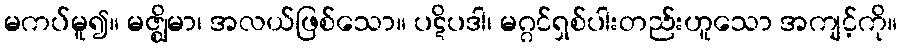
မကပ်မူ၍။ မဇ္ဈိမာ၊ အလယ်ဖြစ်သော။ ပဋိပဒါ၊ မဂ္ဂင်ရှစ်ပါးတည်းဟူသော အကျင့်ကို။